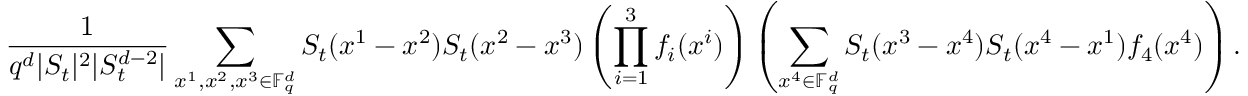
\frac { 1 } { q ^ { d } | S _ { t } | ^ { 2 } | S _ { t } ^ { d - 2 } | } \sum _ { x ^ { 1 } , x ^ { 2 } , x ^ { 3 } \in \mathbb F _ { q } ^ { d } } S _ { t } ( x ^ { 1 } - x ^ { 2 } ) S _ { t } ( x ^ { 2 } - x ^ { 3 } ) \left( \prod _ { i = 1 } ^ { 3 } f _ { i } ( x ^ { i } ) \right) \left( \sum _ { x ^ { 4 } \in \mathbb F _ { q } ^ { d } } S _ { t } ( x ^ { 3 } - x ^ { 4 } ) S _ { t } ( x ^ { 4 } - x ^ { 1 } ) f _ { 4 } ( x ^ { 4 } ) \right) .